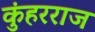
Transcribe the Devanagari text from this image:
कुंहरराज